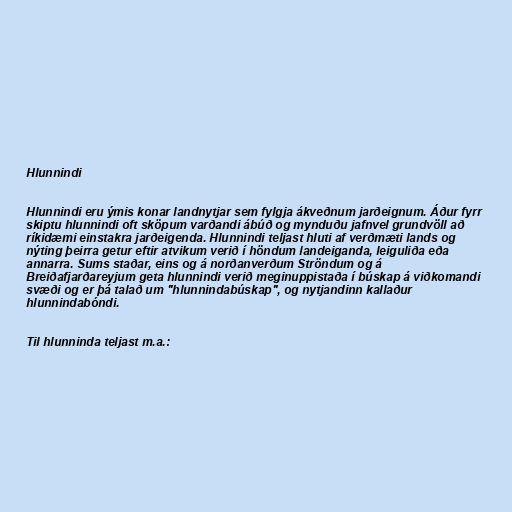
Hlunnindi

Hlunnindi eru ýmis konar landnytjar sem fylgja ákveðnum jarðeignum. Áður fyrr
skiptu hlunnindi oft sköpum varðandi ábúð og mynduðu jafnvel grundvöll að
ríkidæmi einstakra jarðeigenda. Hlunnindi teljast hluti af verðmæti lands og
nýting þeirra getur eftir atvikum verið í höndum landeiganda, leiguliða eða
annarra. Sums staðar, eins og á norðanverðum Ströndum og á
Breiðafjarðareyjum geta hlunnindi verið meginuppistaða í búskap á viðkomandi
svæði og er þá talað um "hlunnindabúskap", og nytjandinn kallaður
hlunnindabóndi.

Til hlunninda teljast m.a.: